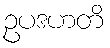
ဥပဒဟတိ